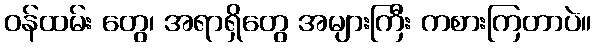
ဝန်ထမ်း တွေ၊ အရာရှိတွေ အများကြီး ကစားကြတာပဲ။